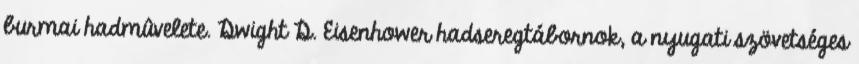
burmai hadmûvelete. Dwight D. Eisenhower hadseregtábornok, a nyugati szövetséges